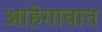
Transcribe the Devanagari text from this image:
आहेगावात